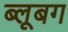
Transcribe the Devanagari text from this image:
ब्लूबग